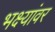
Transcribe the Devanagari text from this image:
भक्ष्यांवर